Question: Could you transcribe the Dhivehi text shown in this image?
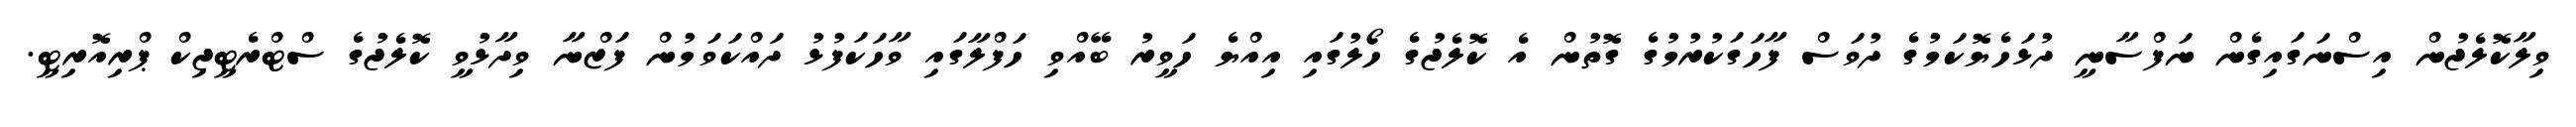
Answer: ވިލާކޮލެޖުން އިސްނަގައިގެން ނަފްސާނީ ދުޅަހެޔޮކަމުގެ ދުވަސް ފާހަގަކުރުމުގެ ގޮތުން އެ ކޮލެޖުގެ ހޯލުގައި އިއްޔެ ހަވީރު ބޭއްވި ހަފްލާގައި ވާހަކަފުޅު ދައްކަވަމުން ފަޒްނާ ވިދާޅުވީ ކޮލެޖުގެ ސްޓްރެޓީޖިކް ޕްރިއޮރިޓީ.